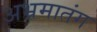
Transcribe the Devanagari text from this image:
अभ्रमातंग